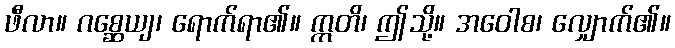
ဖီလာ။ ဂစ္ဆေယျ၊ ရောက်ရာ၏။ ဣတိ၊ ဤသို့။ အဝေါစ၊ လျှောက်၏။